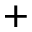
+